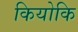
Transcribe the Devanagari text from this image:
कियोकि